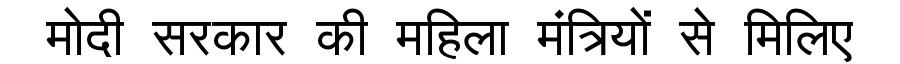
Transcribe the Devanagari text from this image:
मोदी सरकार की महिला मंत्रियों से मिलिए